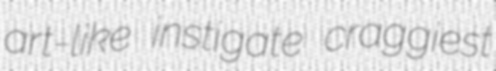
art-like instigate craggiest